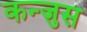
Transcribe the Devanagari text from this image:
कन्जुस